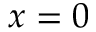
x = 0